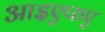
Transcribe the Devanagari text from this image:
आइएफए